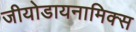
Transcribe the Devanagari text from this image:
जीयोडायनामिक्‍स